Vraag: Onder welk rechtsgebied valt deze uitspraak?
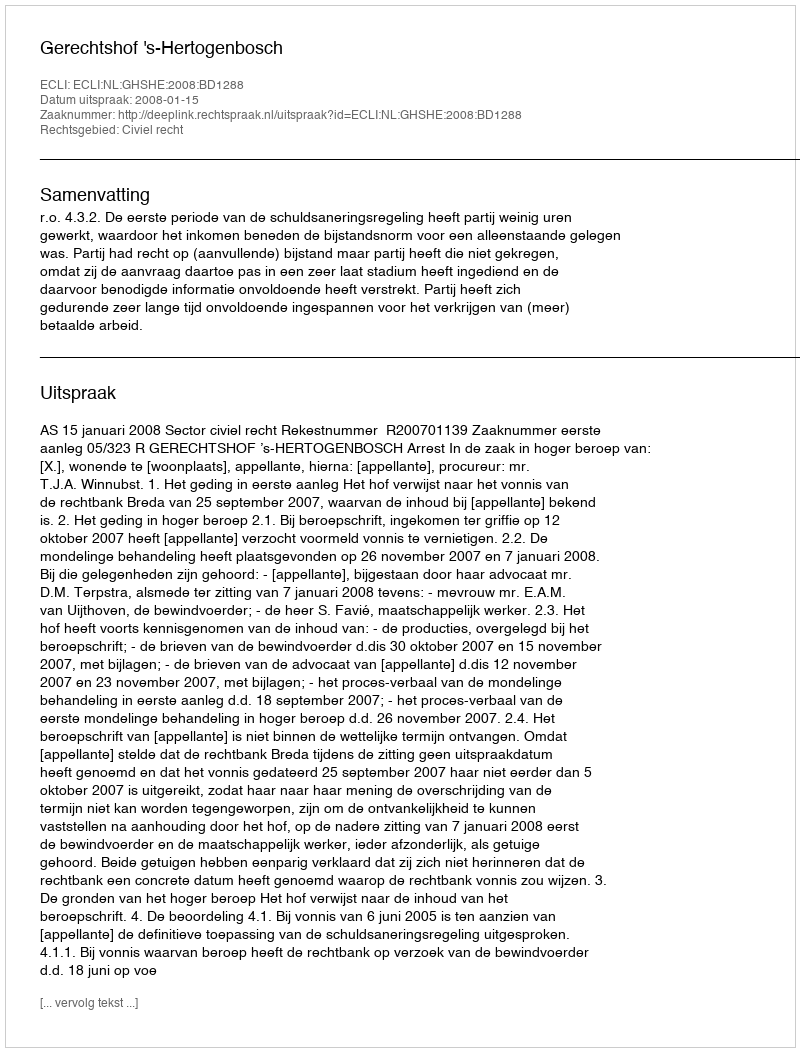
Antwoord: Civiel recht